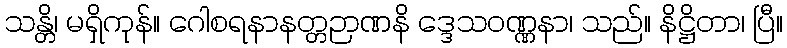
သန္တိ၊ မရှိကုန်။ ဂေါစရနာနတ္တဉာဏနိ ဒ္ဒေသဝဏ္ဏနာ၊ သည်။ နိဋ္ဌိတာ၊ ပြီ။